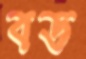
বড